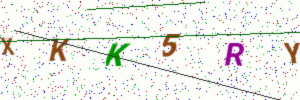
Text: XKK5RY